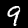
Digit: 9